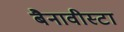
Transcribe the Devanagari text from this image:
बैनावीस्टा